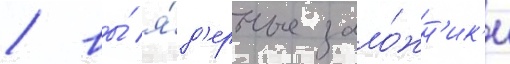
/ вы́ я́д'ерные зало́жн'ик'и